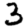
Digit: 3